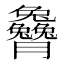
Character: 𰯭